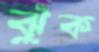
ঝুঁক